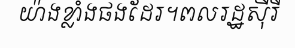
យ៉ាងខ្លាំងផងដែរ។ពលរដ្ឋស៊ីរី